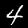
Label: 4